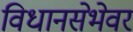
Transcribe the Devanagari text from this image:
विधानसेभेवर